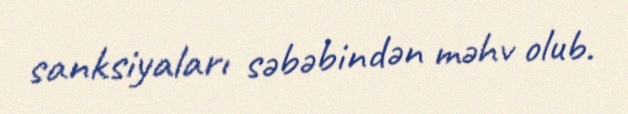
sanksiyaları səbəbindən məhv olub.